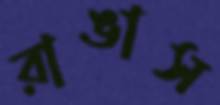
রাঙাস